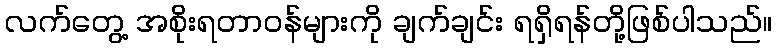
လက်တွေ့ အစိုးရတာဝန်များကို ချက်ချင်း ရရှိရန်တို့ဖြစ်ပါသည်။